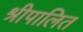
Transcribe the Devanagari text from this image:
श्रीपालित